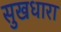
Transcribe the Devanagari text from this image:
सुखधारा